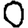
Digit: 0